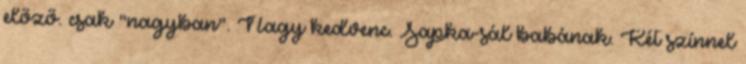
előző. csak "nagyban". Nagy kedvenc. Sapka-sál babának. Két színnel